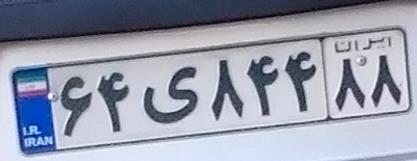
۶۴ی۸۴۴۸۸